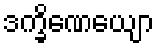
ဒက္ခိဏေယျော